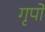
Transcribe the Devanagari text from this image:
गृपो